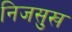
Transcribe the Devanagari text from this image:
निजसुख